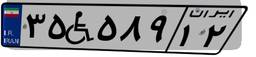
۳۵W۵۸۹۱۲